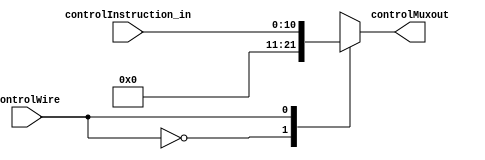
// This program was cloned from: https://github.com/ronitrex/ARMLEG
// License: GNU General Public License v3.0

module ControlUnitMUX
(
	input [10:0] controlInstruction_in,
	input ControlWire,
	output reg [10:0] controlMuxout
);
	reg [10:0] zeroData = 10'b0;

	always @(*)  case (ControlWire)
		0: controlMuxout = zeroData;
		1: controlMuxout = controlInstruction_in;
		default: controlMuxout = controlInstruction_in;
	endcase
endmodule